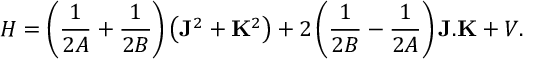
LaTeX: H = \left( \frac { 1 } { 2 A } + \frac { 1 } { 2 B } \right) \left( { \bf J } ^ { 2 } + { \bf K } ^ { 2 } \right) + 2 \left( \frac { 1 } { 2 B } - \frac { 1 } { 2 A } \right) { \bf J } . { \bf K } + V .